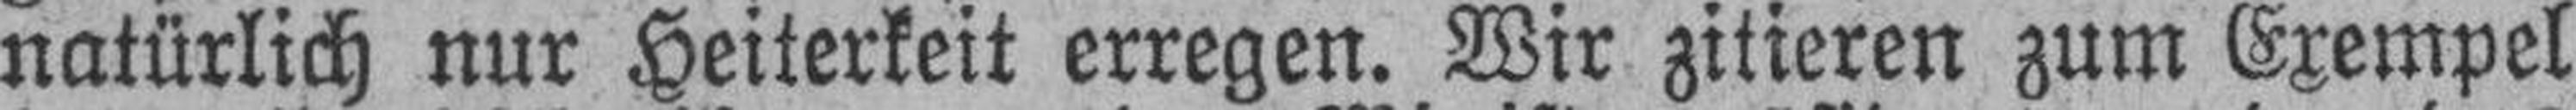
natürlich nur Heiterkeit erregen. Wir zitieren zum Exempel